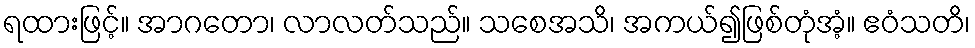
ရထားဖြင့်။ အာဂတော၊ လာလတ်သည်။ သစေအသိ၊ အကယ်၍ဖြစ်တုံအံ့။ ဧဝံသတိ၊